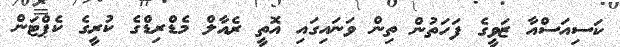
ކަސިއަސްއާ ޒަވީގެ ފަހަތުން ތިން ވަނައިގައި އޮތީ ރެއާލް މެޑްރިޑްގެ ކުރީގެ ކެޕްޓަން